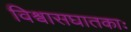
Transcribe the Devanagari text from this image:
विश्वासघातकाः